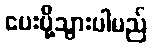
ပေးပို့သွားပါမည်